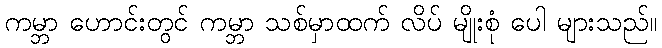
ကမ္ဘာ ဟောင်းတွင် ကမ္ဘာ သစ်မှာထက် လိပ် မျိုးစုံ ပေါ များသည်။